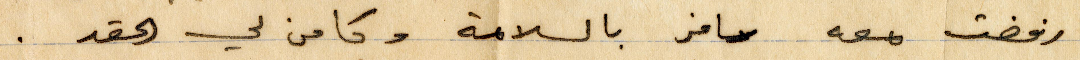
رفضت معه سافر بالسلامة وكامن لي الحقد